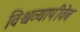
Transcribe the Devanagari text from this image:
विश्वव्यापीवेब